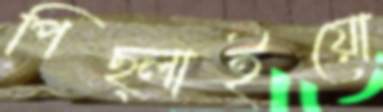
পিছ্‌লাইয়ো